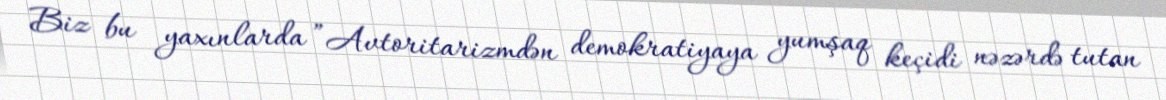
Biz bu yaxınlarda ”Avtoritarizmdən demokratiyaya yumşaq keçidi nəzərdə tutan